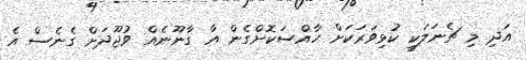
އަދި މި ޗެނަލަކީ ކުޅިވަރަކަށް ހާއްސަކޮށްގެން އާ ގާނޫނެއް ވުޖޫދަށް ގެނެސް އެ